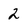
Character: 2